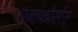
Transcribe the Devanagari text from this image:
एनफोर्सर